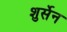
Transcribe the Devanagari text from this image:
शुर्सेन